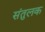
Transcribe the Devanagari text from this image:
संतुलक